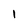
Character: 1